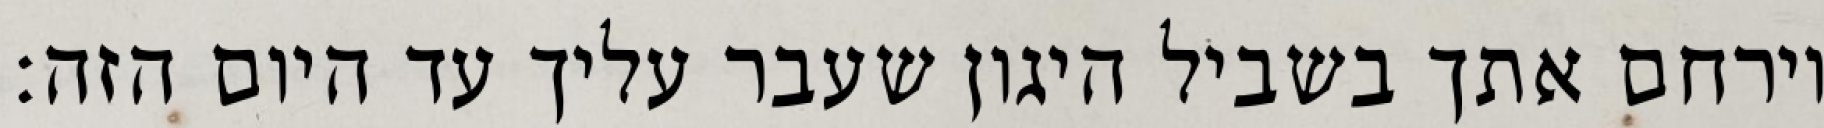
וירחם אתך בשביל היגון שעבר עליך עד היום הזה: